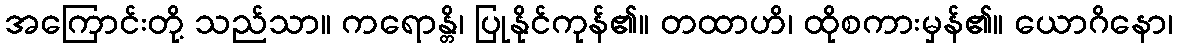
အကြောင်းတို့ သည်သာ။ ကရောန္တိ၊ ပြုနိုင်ကုန်၏။ တထာဟိ၊ ထိုစကားမှန်၏။ ယောဂိနော၊